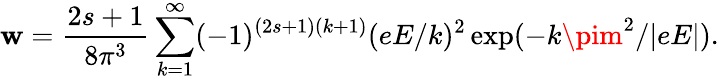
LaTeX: \mathbf{w}={\frac{{2s+1}}{{8\pi^{3}}}}\sum_{k=1}^{\infty}(-1)^{(2s+1)(k+1)}(eE/k)^{2}\exp(-k\pim^{2}/|eE|).